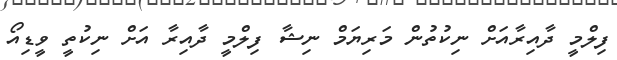
ފިލްމީ ދާއިރާއަށް ނިކުތުން މަރިޔަމް ނިޝާ ފިލްމީ ދާއިރާ އަށް ނިކުތީ ވީޑިއޯ